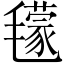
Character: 𣰥